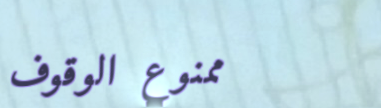
ممنوع الوقوف